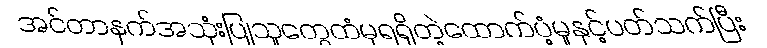
အင်တာနက်အသုံးပြုသူတွေထံမှရရှိတဲ့ထောက်ပံ့မှုနှင့်ပတ်သက်ပြီး